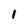
Character: 1